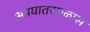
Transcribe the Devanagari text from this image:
अपघातस्थळास